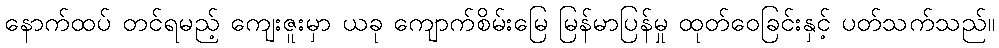
နောက်ထပ် တင်ရမည့် ကျေးဇူးမှာ ယခု ကျောက်စိမ်းမြေ မြန်မာပြန်မှု ထုတ်ဝေခြင်းနှင့် ပတ်သက်သည်။